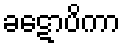
ခဋောပိကာ